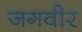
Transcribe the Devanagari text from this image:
जगवीर